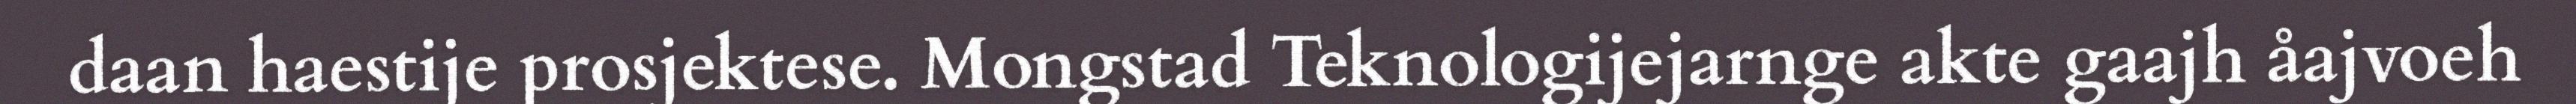
daan haestije prosjektese. Mongstad Teknologijejarnge akte gaajh åajvoeh